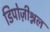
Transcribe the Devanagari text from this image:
डिपोज़ीश्नल